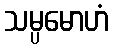
သမ္ပမောဟံ